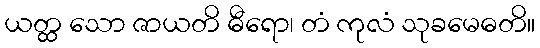
ယတ္ထ သော ဇာယတိ ဓီရော၊ တံ ကုလံ သုခမေဓတိ။